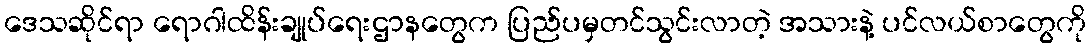
ဒေသဆိုင်ရာ ရောဂါထိန်းချုပ်ရေးဌာနတွေက ပြည်ပမှတင်သွင်းလာတဲ့ အသားနဲ့ ပင်လယ်စာတွေကို